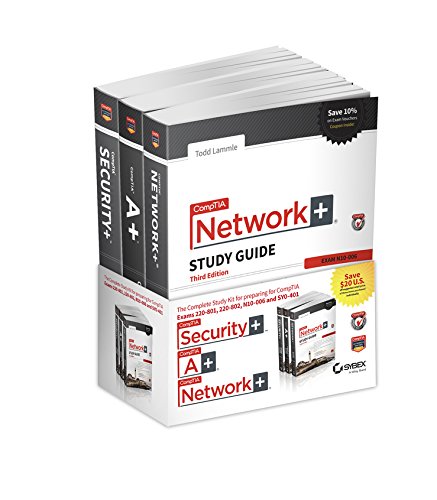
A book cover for CompTIA Complete Study Guide 3 Book Set: A+ Exams220-801 and 220-802 2e; Network+ Exam N10-006 3e; Security+ Exam SY0-401 6e; Quentin Docter; Computers & Technology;